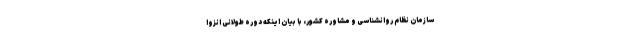
سازمان نظام روانشناسی و مشاوره کشور، با بیان اینکه دوره طولانی انزوا